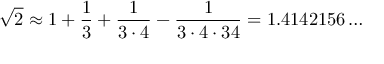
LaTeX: { \sqrt { 2 } } \approx 1 + { \frac { 1 } { 3 } } + { \frac { 1 } { 3 \cdot 4 } } - { \frac { 1 } { 3 \cdot 4 \cdot 3 4 } } = 1 . 4 1 4 2 1 5 6 \ldots